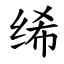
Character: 𫄨